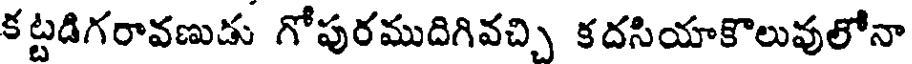
కట్టడిగరావణుడు గోపురముదిగివచ్చి కదసియాకొలువులోనా